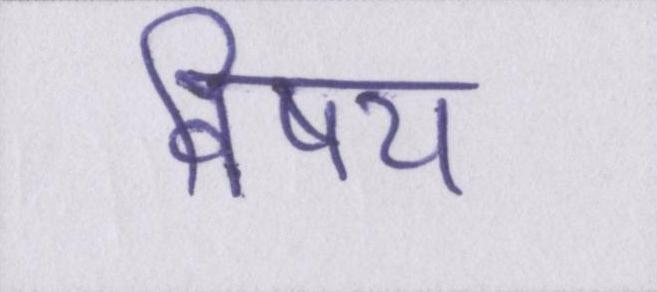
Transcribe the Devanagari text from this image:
विषय